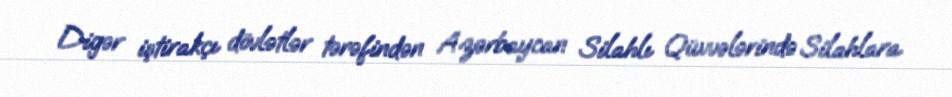
Digər iştirakçı dövlətlər tərəfindən Azərbaycan Silahlı Qüvvələrində Silahlara